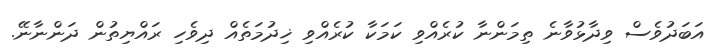
އަބަދުވެސް ވިދާޅުވާނެ ތިމަންނާ ކުރެއްވި ކަމަކާ ކުރެއްވި ޚިދުމަތެއް ދިވެހި ރައްޔިތުން ދަންނާނޭ.